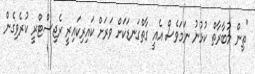
"ތިން މުބާރާތް ކުޅުނު ނަމަވެސް އެއީ ގާތްގަނޑަކަށް ވަރަށް ކައިރިކައިރީ ރެޖިސްޓްރީ ކުރެވިގެން